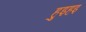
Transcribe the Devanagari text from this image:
हुइहइ